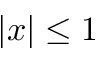
\vert x \vert \le 1